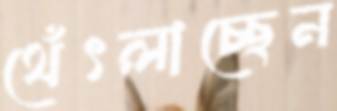
থেঁৎলাচ্ছেন